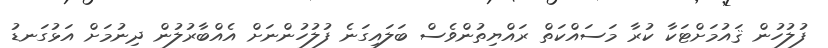
ފުލުހުން ޤައުމަށްޓަކާ ކުރާ މަސައްކަތް ރައްޔިތުންވެސް ބަލައިގަނެ ފުލުހުންނަށް އެއްބާރުލުން ދިނުމަށް އަޅުގަނޑު